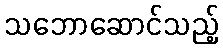
သဘောဆောင်သည့်